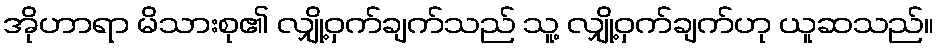
အိုဟာရာ မိသားစု၏ လျှို့ဝှက်ချက်သည် သူ့ လျှို့ဝှက်ချက်ဟု ယူဆသည်။